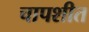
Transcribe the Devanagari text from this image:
चापशीत